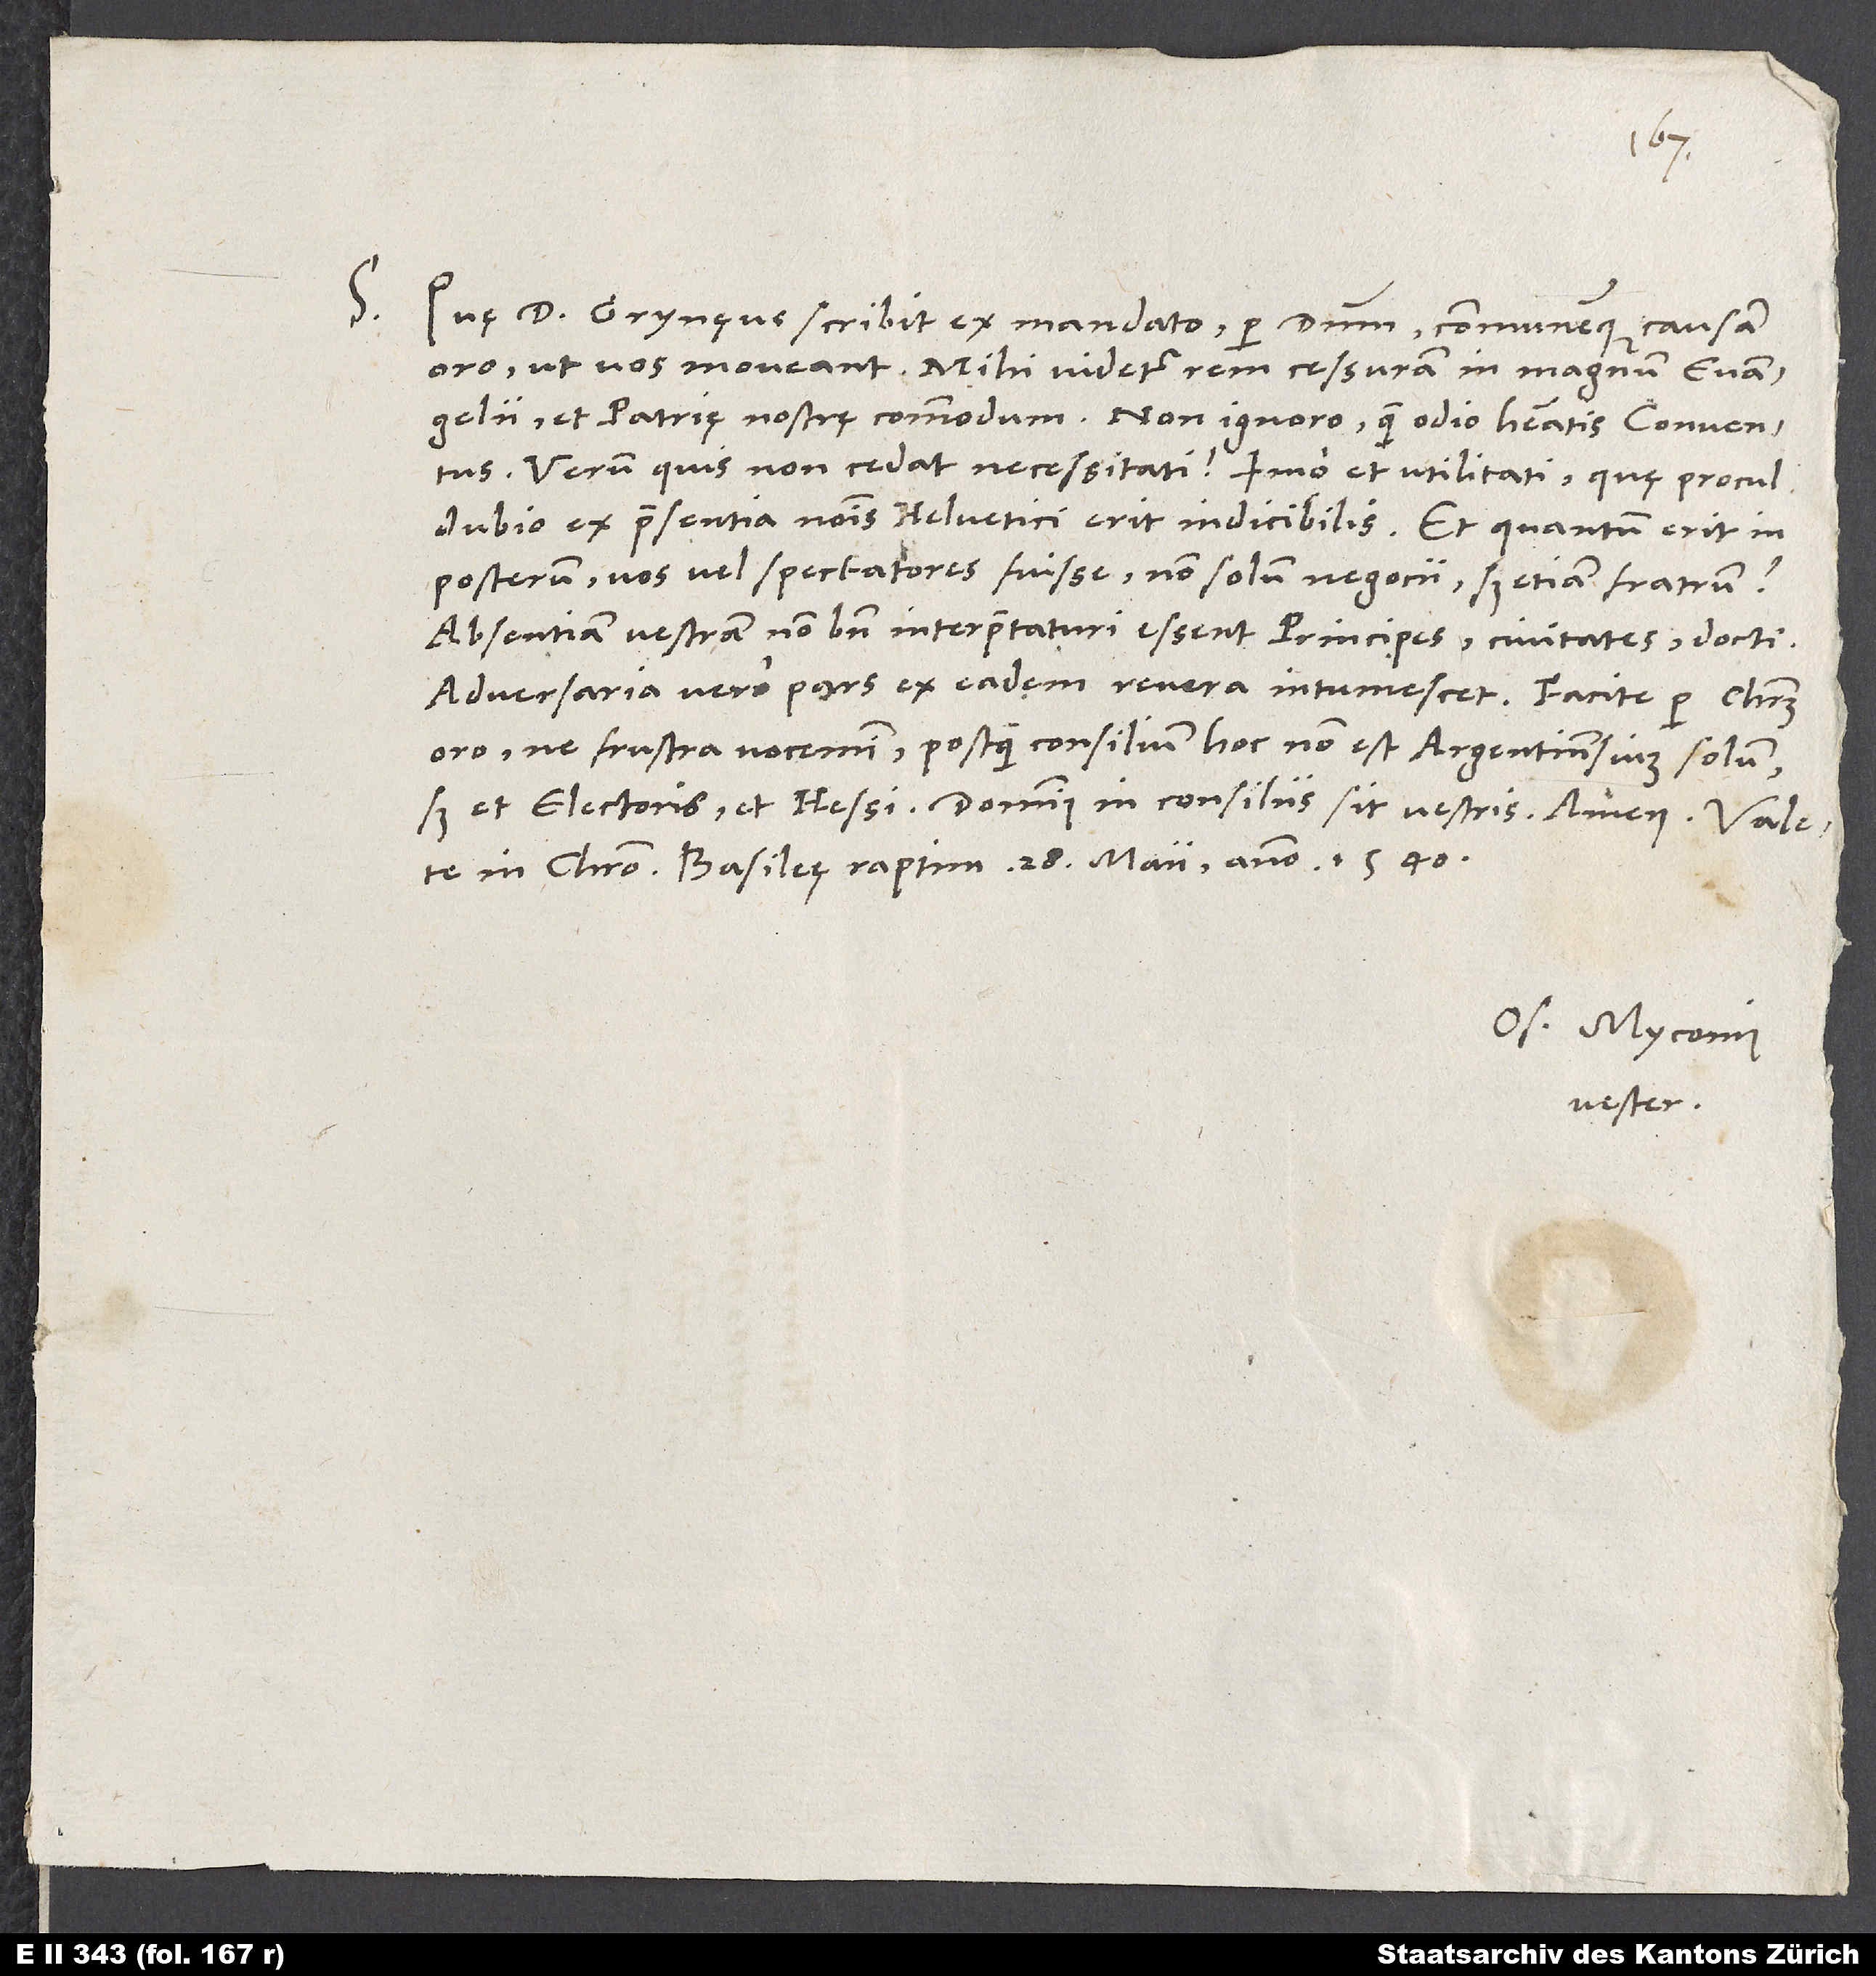
S.

Quę d. Grynęus scribit ex mandato, per dominum communemque causam
oro, ut vos moveant. Mihi videtur rem cessuram in magnum evangelii
et patrię nostrę commodum. Non ignoro, quam odio habeatis conventus.
Verum quis non cedat necessitati? Imo et utilitati, quę procul
dubio ex praesentia nominis Helvetici erit indicibilis. Et quantum erit in
posterum, vos vel spectatores fuisse non solum negocii, sed etiam fratrum?
Absentiam vestram non bene interpretaturi essent principes, civitates, docti.
Adversaria vero pars ex eadem revera intumescet. Facite, per Christum
oro, ne frustra vocemini, postquam consilium hoc non est Argentinensium solum,
sed et electoris et Hessi. Dominus in consiliis sit vestris. Amen. Valete
Os. Myconius
vester.